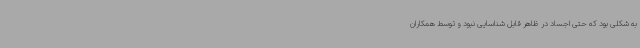
به شکلی بود که حتی اجساد در ظاهر قابل شناسایی نبود و توسط همکاران